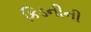
કિડનીની